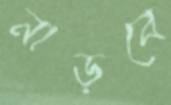
নাড়বে